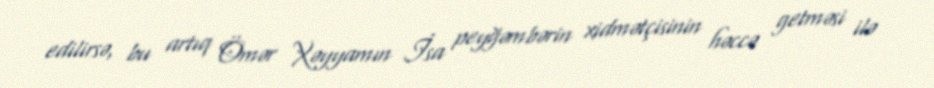
edilirsə, bu artıq Ömər Xəyyamın İsa peyğəmbərin xidmətçisinin həccə getməsi ilə